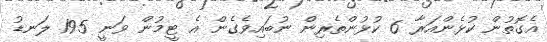
އެގޮތުން ކުޅެންއަރާ 6 ކުޅުންތެރިން ނުބައިވެގެން އެ ޓީމުން ވަނީ 195 ލަނޑު